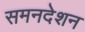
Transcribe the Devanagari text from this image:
समनदेशन